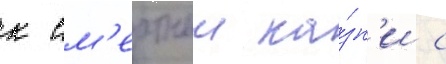
к см'ертнои ка́зн'и с